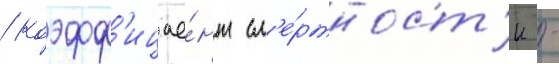
/ коэфф'ицие́нт см'е́ртност'и -